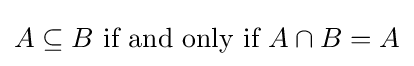
A\subseteq B{\text{ if and only if }}A\cap B=A